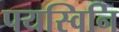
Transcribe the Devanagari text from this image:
पयस्विनि